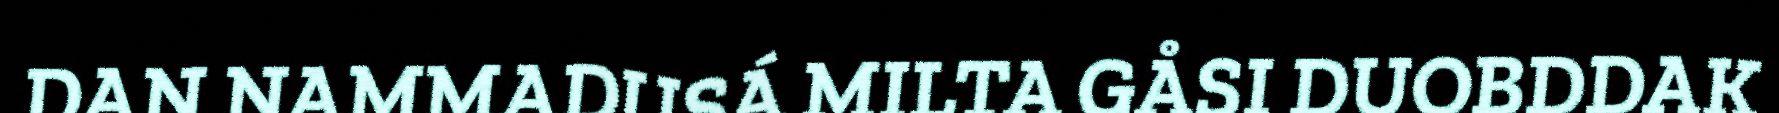
DAN NAMMADUSÁ MILTA GÅSI DUOBDDAK